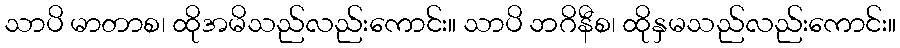
သာပိ မာတာစ၊ ထိုအမိသည်လည်းကောင်း။ သာပိ ဘဂိနီစ၊ ထိုနှမသည်လည်းကောင်း။